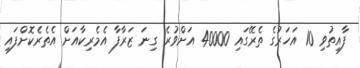
ފާއިތުވި 10 އަހަރުގެ ތެރޭގައި 40000 އަށްވުރެ ގިނަ ޒަރާފާ އެމެރިކާއަށް އެތެރެކޮށްފައި